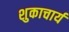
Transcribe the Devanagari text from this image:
शुकाचार्य